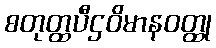
စတုတ္ထပီဌဝိမာနဝတ္ထု